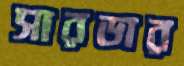
সারডার